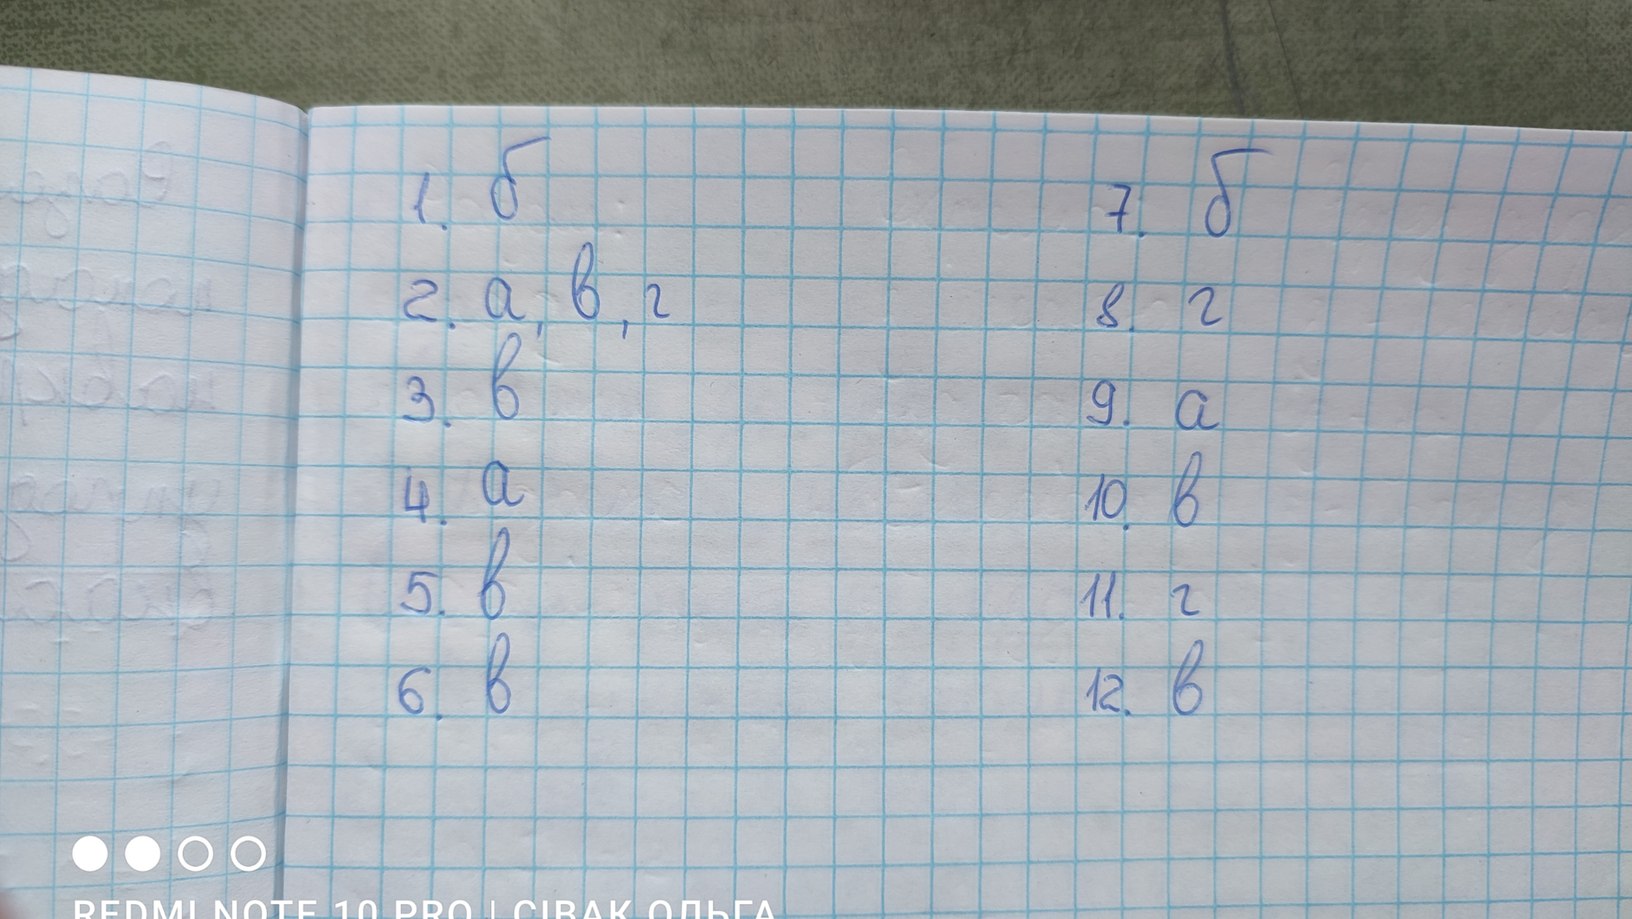
1. б
7. б
2. a, в, г
8. г
3. в
9. a
4. a
10. в
5. в
11. г
6 в
12. в